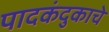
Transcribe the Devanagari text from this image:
पादकंदुकाचे